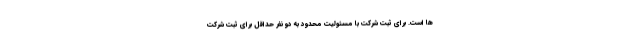
ها است. برای ثبت شرکت با مسئولیت محدود به دو نفر حداقل برای ثبت شرکت